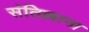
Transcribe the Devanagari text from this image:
संतिल्लाना